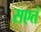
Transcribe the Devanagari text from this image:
सएतं